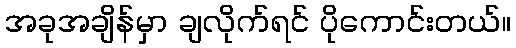
အခုအချိန်မှာ ချလိုက်ရင် ပိုကောင်းတယ်။